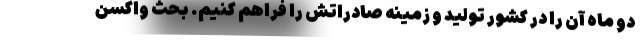
دو ماه آن را در کشور تولید و زمینه صادراتش را فراهم کنیم. بحث واکسن